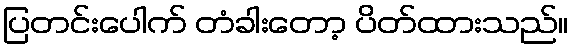
ပြတင်းပေါက် တံခါးတော့ ပိတ်ထားသည်။